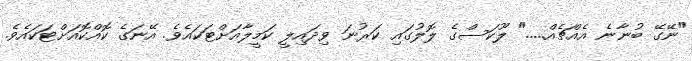
"ނޭގޭ ބުނާނެ އެއްޗެއް....." ލޫކަސްގެ ލޮލުގައި ކަރުނަ ވިދައިލީ ކަމީލާއަށްޓަކައެވެ. އޭނަގެ ކޮއްކޮއަށްޓަކައެވެ.